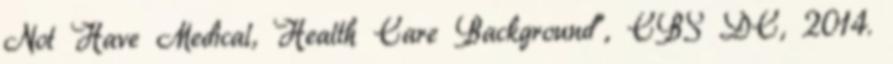
Not Have Medical, Health Care Background”, CBS DC, 2014.